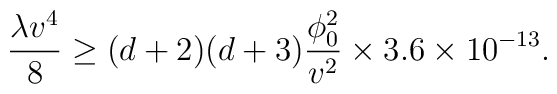
{\lambda v^4 \over 8} \ge (d +2)(d +3) {\phi_0^2 \over v^2}   \times 3.6 \times 10^{-13} .